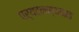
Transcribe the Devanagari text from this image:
पर्यटनस्थळात